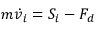
m { \dot { v } } _ { i } = { S } _ { i } - { F } _ { d }